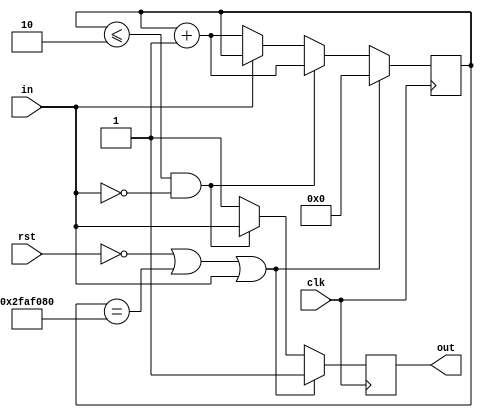
module slow_input_flop #(
    parameter   DEF_VAL = 1'b1,
                `ifdef SIM
                    WAIT_TIME = 26'd10,
                `else
                    WAIT_TIME = 26'd50000000,
                `endif
                HOLD_CYCLES = 26'd2
)(
    input       clk,
                rst,
                in,
    output  reg out = DEF_VAL
);

    reg [25:0]  cnt = 26'd0;
    
    always @(posedge clk) begin
        out <= DEF_VAL;
        
        if (~rst || cnt == WAIT_TIME || in == DEF_VAL)
            cnt <= 26'd0;
        else if (cnt <= HOLD_CYCLES && in == ~DEF_VAL) begin
            out <= in;
            cnt <= cnt + 26'd1;
        end else if (in == ~DEF_VAL)
            cnt <= cnt + 26'd1;
    end

endmodule